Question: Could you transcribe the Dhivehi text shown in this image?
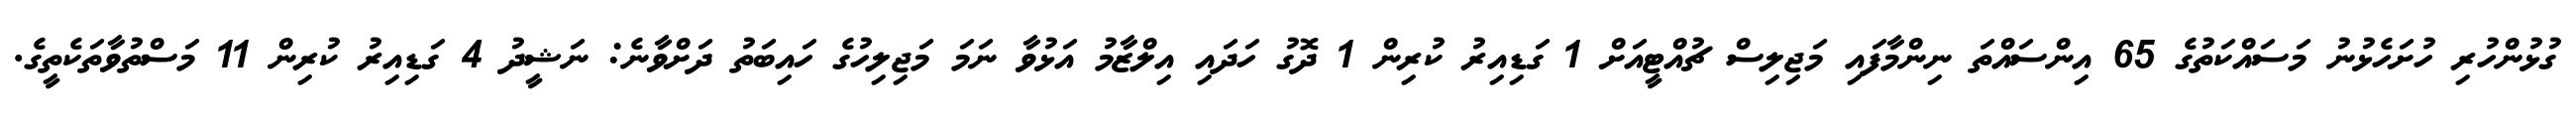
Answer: ގުޅުންހުރި ހުށަހެޅުނު މަސައްކަތުގެ 65 އިންސައްތަ ނިންމާފައި މަޖިލިސް ޗުއްޓީއަށް 1 ގަޑިއިރު ކުރިން 1 ދޮގު ހަދައި އިލްޒާމު އަޅުވާ ނަމަ މަޖިލިހުގެ ހައިބަތު ދަށްވާނެ: ނަޝީދު 4 ގަޑިއިރު ކުރިން 11 މަސްތުވާތަކެތީގެ.